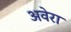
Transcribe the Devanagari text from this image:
अवेरा